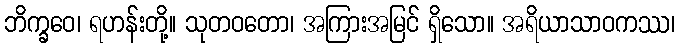
ဘိက္ခဝေ၊ ရဟန်းတို့။ သုတဝတော၊ အကြားအမြင် ရှိသော။ အရိယာသာဝကဿ၊